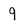
Character: 9